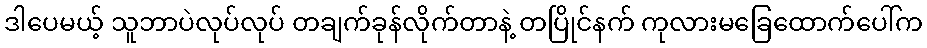
ဒါပေမယ့် သူဘာပဲလုပ်လုပ် တချက်ခုန်လိုက်တာနဲ့ တပြိုင်နက် ကုလားမခြေထောက်ပေါ်က